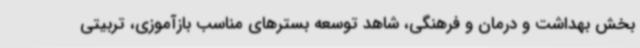
بخش بهداشت و درمان و فرهنگی، شاهد توسعه بسترهای مناسب بازآموزی، تربیتی